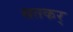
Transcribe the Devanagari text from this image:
सतकर्